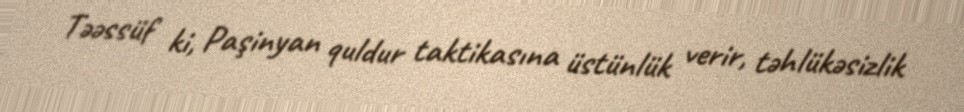
Təəssüf ki, Paşinyan quldur taktikasına üstünlük verir, təhlükəsizlik